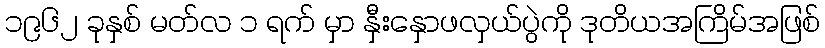
၁၉၆၂ ခုနှစ် မတ်လ ၁ ရက် မှာ နှီးနှောဖလှယ်ပွဲကို ဒုတိယအကြိမ်အဖြစ်